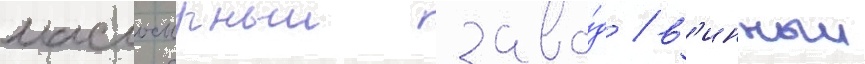
маслосырныи заво́д / в'инныи